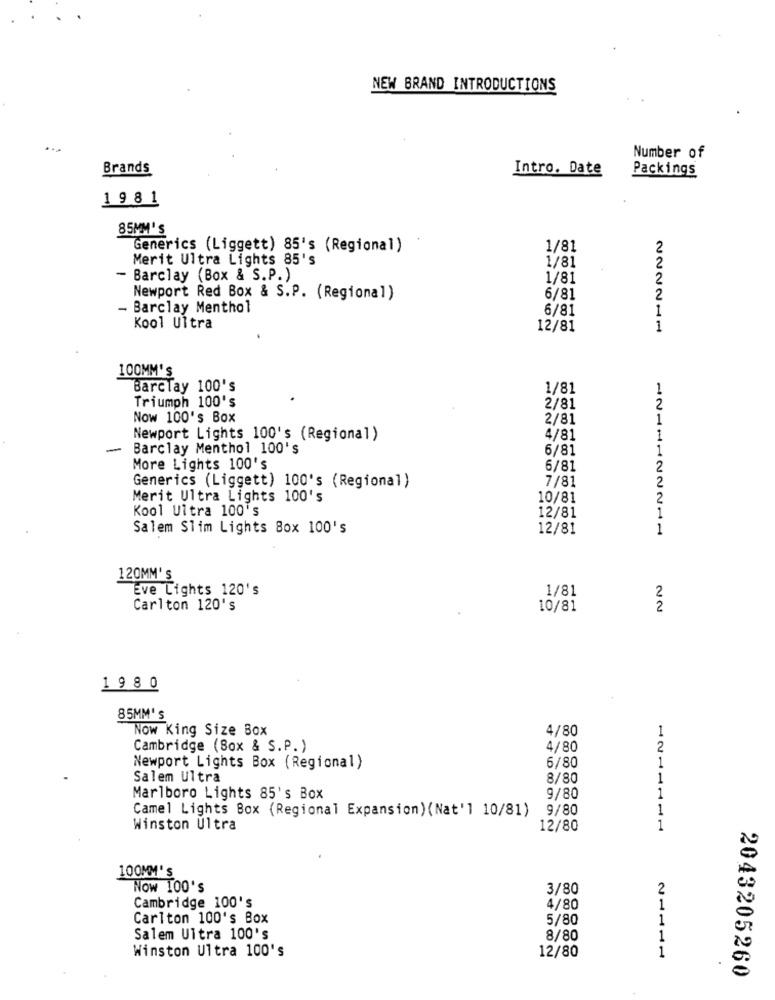
NEW BRAND INTRODUCTIONS
Number of
Brands
Intro. Date
Packings
1981
85MM'S
Generics (Liggett) 85's (Regional)
1/81
2
Merit Ultra Lights 85's
1/81
2
- Barclay (Box & S.P.)
1/81
2
Newport Red Box & S.P. (Regional)
6/81
2
- Barclay Menthol
6/81
Kool Ultra
12/81
1
100MM'S
Barclay 100's
1/81
1
Triumph 100's
2/81
2
Now 100's Box
2/81
Newport Lights 100's (Regional)
4/81
-
Barclay Menthol 100's
6/81
More Lights 100's
6/81
2
7/81
2
Generics (Liggett) 100's (Regional)
Merit Ultra Lights 100's
10/81
2
Kool Ultra 100's
1
12/81
Salem Slim Lights Box 100's
12/81
1
120MM'S
Eve Lights 120's
1/81
2
Carlton 120's
10/81
2
1 9 8 0
85MM's
Now King Size Box
4/80
Cambridge (Sox & S.P. )
4/80
2
1
Newport Lights Box (Regional)
6/80
Salem Ultra
8/80
Marlboro Lights 85's Box
9/80
1
9/80
1
Camel Lights Box (Regional Expansion)(Nat'l 10/81)
Winston Ultra
12/80
1
100MM'S
Now 100's
3/80
2
Cambridge 100's
4/80
1
Carlton 100's Box
5/80
1
Salem Ultra 100's
8/80
1
Winston Ultra 100's
12/80
1
2043205260